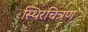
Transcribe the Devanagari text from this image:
स्थिरचित्रण